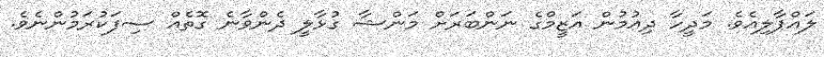
ލައްޕާލިއެވެ. މަދީހާ ދިއުމުން އަޒީމްގެ ނަންބަރަށް މަންޝާ ގުޅާލީ ދެންވާނެ ގޮތެއް ސިފަކުރަމުންނެވެ.